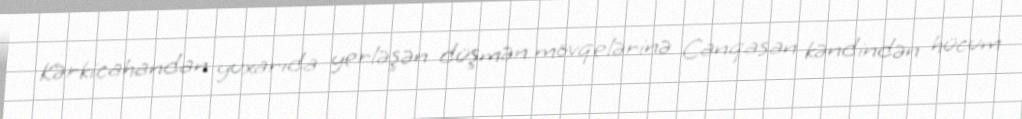
Kərkicahandan yuxarıda yerləşən düşmən mövqelərinə Canqasan kəndindən hücum